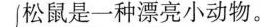
松鼠一定是一种漂亮小动物！